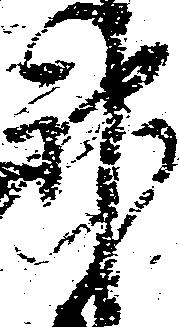
神